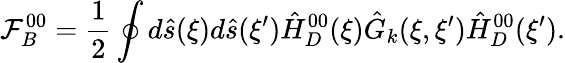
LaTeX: {\mathcal{F}_{B}^{00}}={\frac{1}{2}}\oint{d}\hat{s}(\xi)d\hat{s}(\xi^{\prime}){\hat{H}_{D}^{00}}(\xi){\hat{G}_{k}}(\xi,\xi^{\prime}){\hat{H}_{D}^{00}}(\xi^{\prime}).